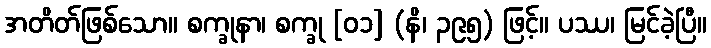
အတိတ်ဖြစ်သော။ စက္ခုနာ၊ စက္ခု [၀၁] (နိ၊ ၃၉၅) ဖြင့်။ ပဿ၊ မြင်ခဲ့ပြီ။